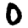
Digit: 0